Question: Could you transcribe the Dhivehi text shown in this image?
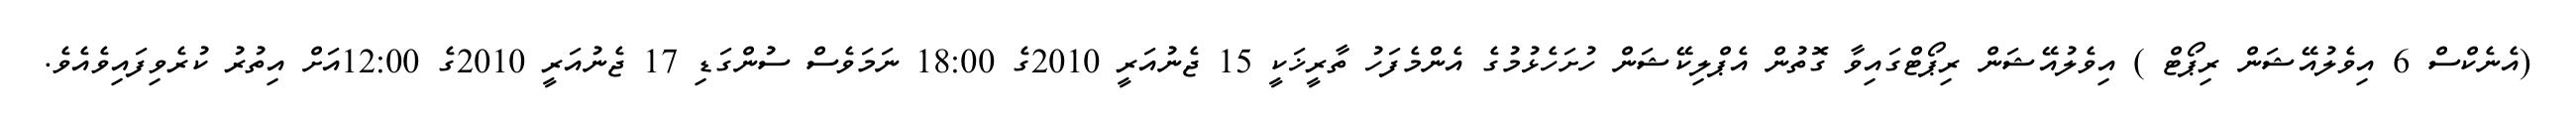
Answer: (އެނެކްސް 6 އިވެލުއޭޝަން ރިޕޯޓް ) އިވެލުއޭޝަން ރިޕޯޓްގައިވާ ގޮތުން އެޕްލިކޭޝަން ހުށަހެޅުމުގެ އެންމެފަހު ތާރީޚަކީ 15 ޖެނުއަރީ 2010ގެ 18:00 ނަމަވެސް ސުންގަޑި 17 ޖެނުއަރީ 2010ގެ 12:00އަށް އިތުރު ކުރެވިފައިވެއެވެ.